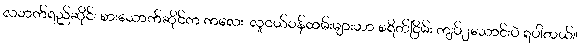
လဘက်ရည်ဆိုင်၊ စားသောက်ဆိုင်က ကလေး၊ လူငယ်ဝန်ထမ်းများဟာ စရိတ်ငြိမ်း ကျပ်၂သောင်းပဲ ရပါတယ်။